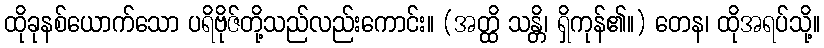
ထိုခုနစ်ယောက်သော ပရိဗိုဇ်တို့သည်လည်းကောင်း။ (အတ္ထိ သန္တိ၊ ရှိကုန်၏။) တေန၊ ထိုအရပ်သို့။